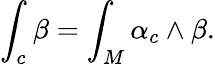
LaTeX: \int_{c}\beta=\int_{M}\alpha_{c}\wedge\beta.